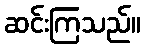
ဆင်းကြသည်။